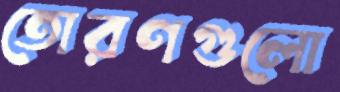
তোরণগুলো